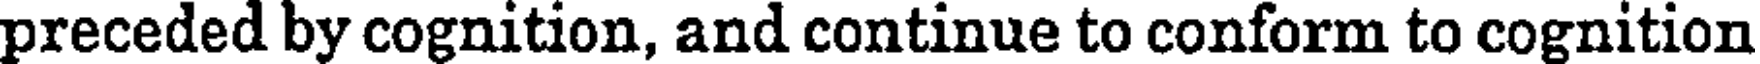
preceded by cognition, and continue to conform to cognition